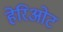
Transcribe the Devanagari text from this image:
हेरिओट